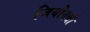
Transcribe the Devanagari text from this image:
जियोनन्नी